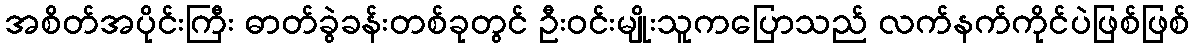
အစိတ်အပိုင်းကြီး ဓာတ်ခွဲခန်းတစ်ခုတွင် ဦးဝင်းမျိုးသူကပြောသည် လက်နက်ကိုင်ပဲဖြစ်ဖြစ်